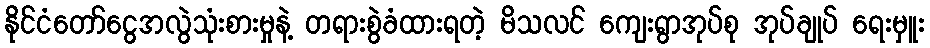
နိုင်ငံတော်ငွေအလွဲသုံးစားမှုနဲ့ တရားစွဲခံထားရတဲ့ မိသလင် ကျေးရွာအုပ်စု အုပ်ချုပ် ရေးမှူး